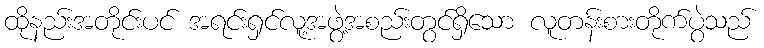
ထိုနည်းအတိုင်းပင် အရင်းရှင်လူ့အဖွဲ့အစည်းတွင်ရှိသော လူတန်းစားတိုက်ပွဲသည်